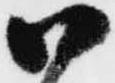
御